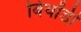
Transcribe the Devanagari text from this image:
बियोंडी